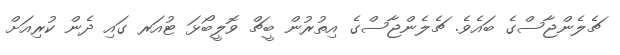
ޗެލެންޖާސްގެ ބައެވެ. ޗެލެންޖާސްގެ އިތުރުން ބީޗް ވޮލީބޯޅަ ޓުއަރ ގައި ދެން ކުރިއަށް